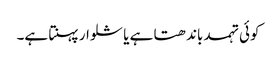
کوئی تہمد باندھتا ہے یا شلوار پہنتا ہے۔